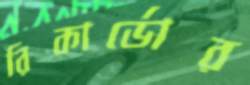
রিকার্ডোর